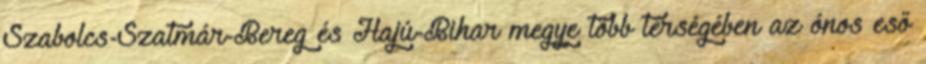
Szabolcs-Szatmár-Bereg és Hajú-Bihar megye több térségében az ónos eső